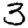
Digit: 3